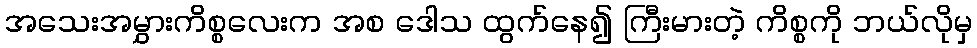
အသေးအမွှားကိစ္စလေးက အစ ဒေါသ ထွက်နေ၍ ကြီးမားတဲ့ ကိစ္စကို ဘယ်လိုမှ